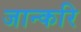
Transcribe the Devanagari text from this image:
जान्करि